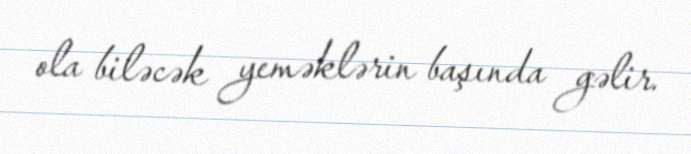
ola biləcək yeməklərin başında gəlir.